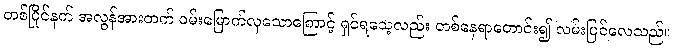
တစ်ပြိုင်နက် အလွန်အားတက် ဝမ်းမြောက်လှသောကြောင့် ရှင်ရသေ့လည်း တစ်နေရာတောင်း၍ လမ်းပြင်လေသည်။